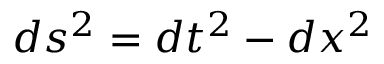
d s ^ { 2 } = d t ^ { 2 } - d x ^ { 2 }